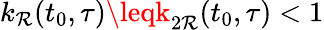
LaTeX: k_{\mathcal{R}}(t_{0},\tau)\leqk_{2\mathcal{R}}(t_{0},\tau)<1